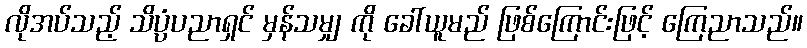
လိုအပ်သည့် သိပ္ပံပညာရှင် မှန်သမျှ ကို ခေါ်ယူမည် ဖြစ်ကြောင်းဖြင့် ကြေညာသည်။